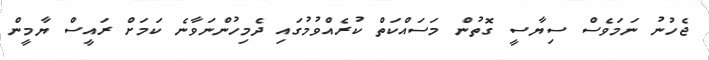
ޖެހުނު ނަމަވެސް ސިޔާސީ ގޮތުން މަސައްކަތް ކުރެއްވުމުގައި ދެމިހުންނަވާނެ ކަމަށް ރައީސް ޔާމީން